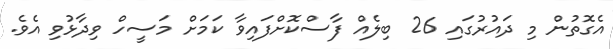
އެގޮތުން މި ދައުރުގައި 26 ބިލެއް ފާސްކޮށްފައިވާ ކަމަށް މަސީހް ވިދާޅުވި އެވެ.